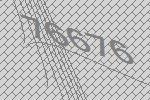
76676